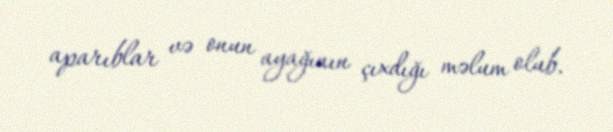
aparıblar və onun ayağının çıxdığı məlum olub.